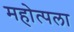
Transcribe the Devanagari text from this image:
महोत्पला